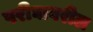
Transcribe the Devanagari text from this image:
परीघावरील